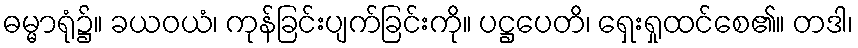
ဓမ္မာရုံ၌။ ခယဝယံ၊ ကုန်ခြင်းပျက်ခြင်းကို။ ပဋ္ဌပေတိ၊ ရှေးရှုထင်စေ၏။ တဒါ၊